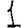
Digit: 1